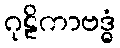
ဂုဠိကာဗဒ္ဓံ